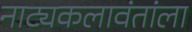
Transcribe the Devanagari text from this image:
नाट्यकलावंतांला